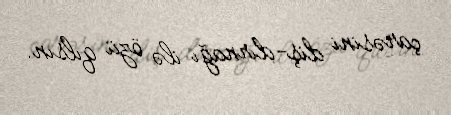
çarəsini diş-dırnağı ilə özü qılsın.